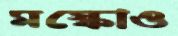
মস্কোও